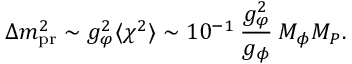
\Delta { m } _ { \mathrm { p r } } ^ { 2 } \sim g _ { \varphi } ^ { 2 } \langle \chi ^ { 2 } \rangle \sim 1 0 ^ { - 1 } \: \frac { g _ { \varphi } ^ { 2 } } { g _ { \phi } } \: M _ { \phi } M _ { P } .